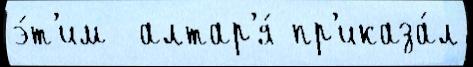
э́т'им  алтар'я́ пр'иказа́л